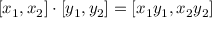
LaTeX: [ x _ { 1 } , x _ { 2 } ] \cdot [ y _ { 1 } , y _ { 2 } ] = [ x _ { 1 } y _ { 1 } , x _ { 2 } y _ { 2 } ]